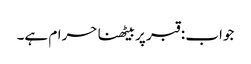
جواب : قبر پر بیٹھنا حرام ہے۔